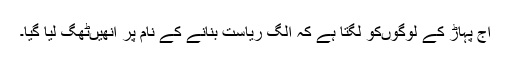
آج پہاڑ کے لوگوںکو لگتا ہے کہ الگ ریاست بنانے کے نام پر انھیںٹھگ لیا گیا۔